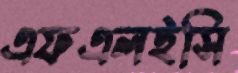
এফএলইসি